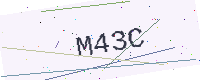
Text: M43C